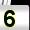
Digit: 5